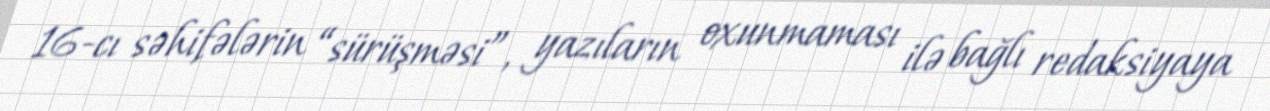
16-cı səhifələrin “sürüşməsi”, yazıların oxunmaması ilə bağlı redaksiyaya